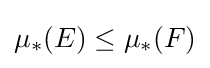
\mu _{*}(E)\leq \mu _{*}(F)